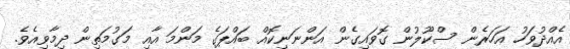
އެއްދުވަހު އަހަރެން ސްކޫލުން ގޮވައިގެން އަންނަނިކޮއް ބައްޕަގެ މަންމަ އާއި މަގުމަތިން ދިމާވިއެވެ.